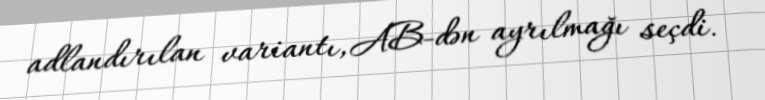
adlandırılan variantı, AB-dən ayrılmağı seçdi.